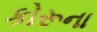
કોરૂના